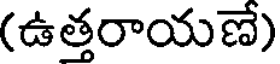
(ఉత్తరాయణే)